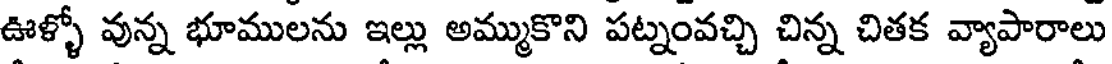
ఊళ్ళో వున్న భూములను ఇల్లు అమ్ముకొని పట్నంవచ్చి చిన్న చితక వ్యాపారాలు